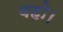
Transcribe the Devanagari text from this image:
बहो।